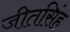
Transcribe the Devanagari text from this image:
जीतसिंह